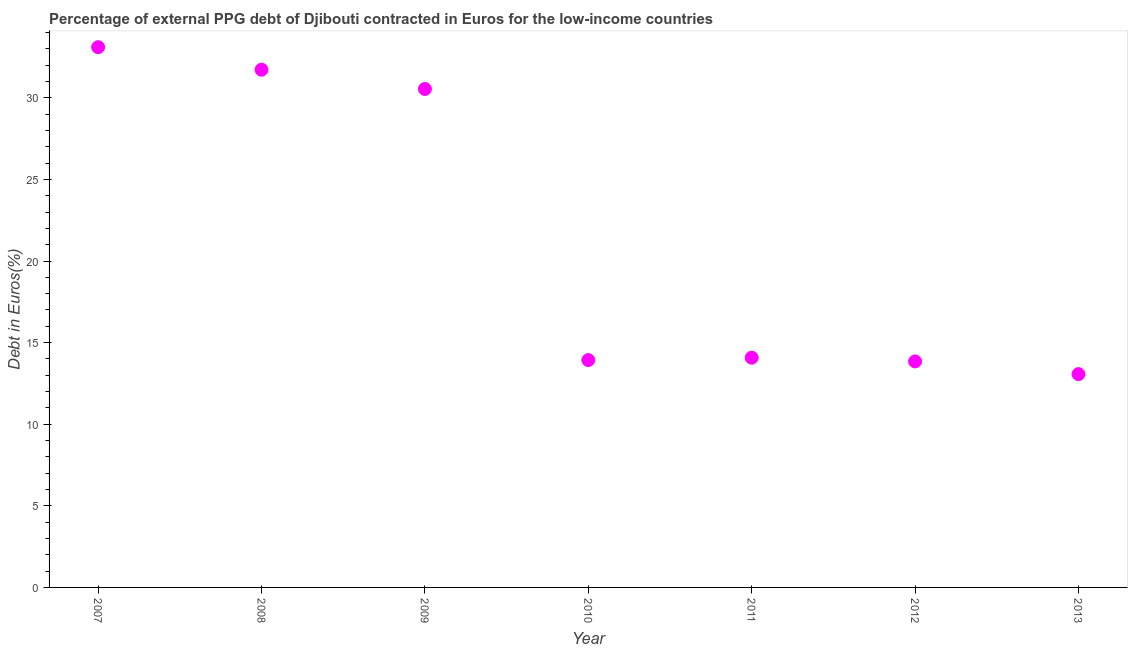
| Year | Currency composition of PPG debt |
 | --- | --- |
 | 2007 | 33.1 |
 | 2008 | 31.7 |
 | 2009 | 30.5 |
 | 2010 | 13.9 |
 | 2011 | 14.1 |
 | 2012 | 13.8 |
 | 2013 | 13.1 |